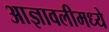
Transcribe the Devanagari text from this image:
आज्ञावलीमध्ये